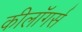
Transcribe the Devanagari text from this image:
कीलॉगर्स